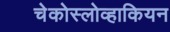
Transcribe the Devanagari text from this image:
चेकोस्लोव्हाकियन